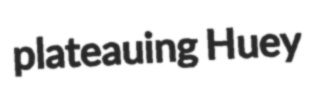
plateauing Huey